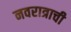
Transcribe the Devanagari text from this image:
नवरात्राची